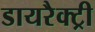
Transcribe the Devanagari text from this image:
डायरैक्ट्री